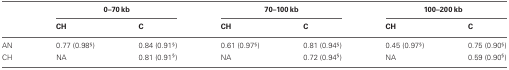
<table><thead><tr><td></td><td colspan="2"><b>0–70 kb</b></td><td colspan="2"><b>70–100 kb</b></td><td colspan="2"><b>100–200 kb</b></td></tr><tr><td></td><td><b>CH</b></td><td><b>C</b></td><td><b>CH</b></td><td><b>C</b></td><td><b>CH</b></td><td><b>C</b></td></tr></thead><tbody><tr><td>AN</td><td>0.77 (0.98<sup>§</sup>)</td><td>0.84 (0.91<sup>§</sup>)</td><td>0.61 (0.97<sup>§</sup>)</td><td>0.81 (0.94<sup>§</sup>)</td><td>0.45 (0.97<sup>§</sup>)</td><td>0.75 (0.90<sup>§</sup>)</td></tr><tr><td>CH</td><td>NA</td><td>0.81 (0.91<sup>§</sup>)</td><td>NA</td><td>0.72 (0.94<sup>§</sup>)</td><td>NA</td><td>0.59 (0.90<sup>§</sup>)</td></tr></tbody></table>